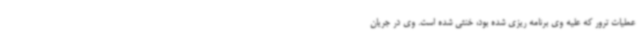
عملیات ترور که علیه وی برنامه ریزی شده بود، خنثی شده است. وی در جریان